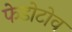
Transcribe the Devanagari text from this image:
फेडोटोव